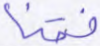
فقنا